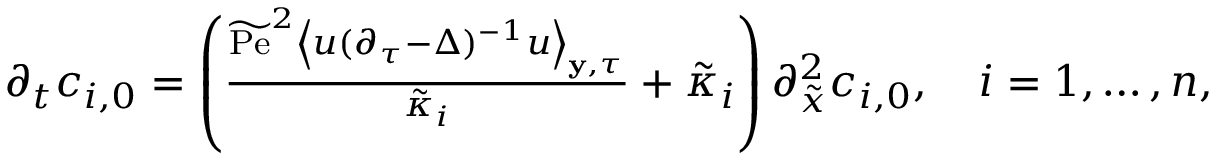
\begin{array} { r } { \partial _ { t } c _ { i , 0 } = \left( \frac { \widetilde { \mathrm { P e } } ^ { 2 } \left\langle u ( \partial _ { \tau } - \Delta ) ^ { - 1 } u \right\rangle _ { \mathbf { y } , \tau } } { \tilde { \kappa } _ { i } } + \tilde { \kappa } _ { i } \right) \partial _ { \tilde { x } } ^ { 2 } c _ { i , 0 } , \quad i = 1 , \hdots , n , } \end{array}